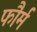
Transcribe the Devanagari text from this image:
फौर्म